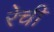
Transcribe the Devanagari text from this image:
रेची